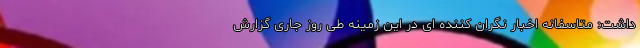
داشت: متاسفانه اخبار نگران کننده ای در این زمینه طی روز جاری گزارش